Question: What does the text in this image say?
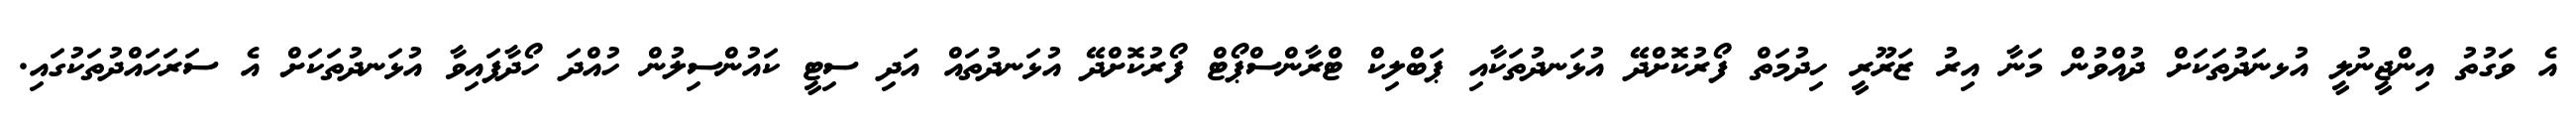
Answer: އެ ވަގުތު އިންޖީނުލީ އުޅނަދުތަކަށް ދުއްވުން މަނާ އިރު ޒަރޫރީ ހިދުމަތް ފޯރުކޮށްދޭ އުޅަނދުތަކާއި ޕަބްލިކް ޓްރާންސްޕޯޓް ފޯރުކޮށްދޭ އުޅަނދުތައް އަދި ސިޓީ ކައުންސިލުން ހުއްދަ ހޯދާފައިވާ އުޅަނދުތަކަށް އެ ސަރަހައްދުތަކުގައި.